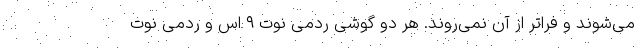
می‌شوند و فراتر از آن نمی‌روند. هر دو گوشی ردمی نوت ۹ اس و ردمی نوت